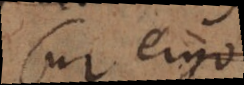
Cur ergo